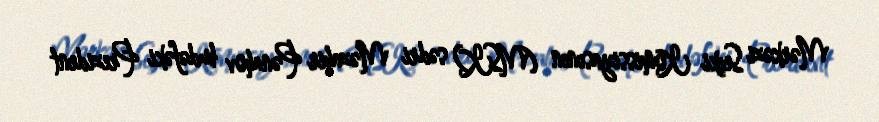
Mərkəzi Seçki Komissiyasının (MSK) sədri Məzahir Pənahov budəfəki Prezident